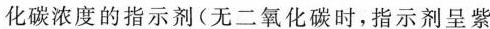
化碳浓度的指示剂(无二氧化碳时，指示剂呈紫